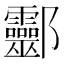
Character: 𨟯